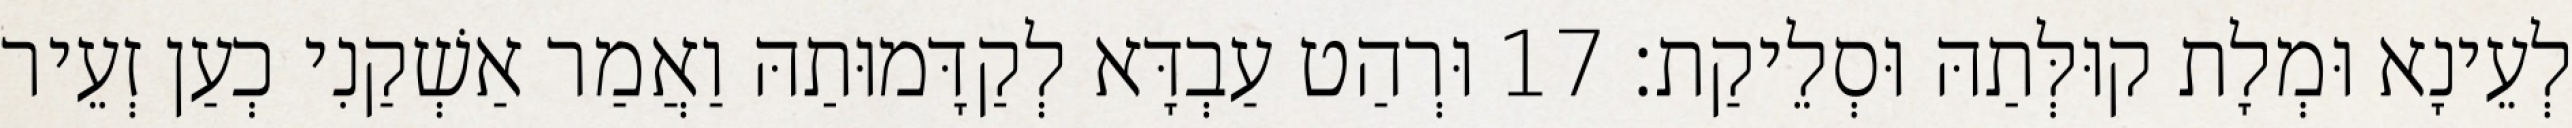
לְעֵינָא וּמְלָת קוּלְּתַהּ וּסְלֵיקַת׃ 17 וּרְהַט עַבְדָּא לְקַדָּמוּתַהּ וַאֲמַר אַשְׁקַנִי כְעַן זְעֵיר